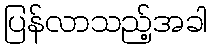
ပြန်လာသည့်အခါ